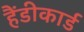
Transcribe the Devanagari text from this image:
हैंडीकार्ड